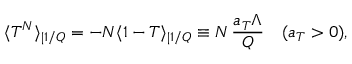
\langle T ^ { N } \rangle _ { | 1 / Q } = - N \langle 1 - T \rangle _ { | 1 / Q } \equiv N \, \frac { a _ { T } \Lambda } { Q } \quad ( a _ { T } > 0 ) ,